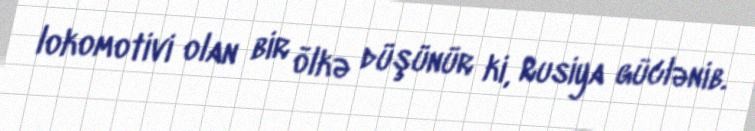
lokomotivi olan bir ölkə düşünür ki, Rusiya güclənib.